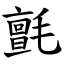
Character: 氈